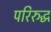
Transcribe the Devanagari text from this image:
परिरुद्ध